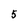
Character: 5